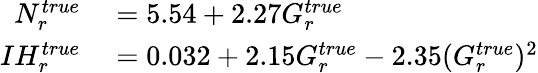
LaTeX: \begin{array}{rl}{N_{r}^{true}}&{{}=5.54+2.27G_{r}^{true}}\\ {IH_{r}^{true}}&{{}=0.032+2.15G_{r}^{true}-2.35(G_{r}^{true})^{2}}\end{array}